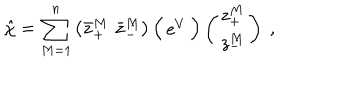
\hat { \chi } = \sum _ { M = 1 } ^ { n } \left( \bar { z } _ { + } ^ { M } \, \, \bar { z } _ { - } ^ { M } \right) \Big ( \begin{array} { c c } { { \mathrm { e } ^ { V } } } \\ \end{array} \Big ) \left( \begin{array} { c } { { z _ { + } ^ { M } } } \\ { { z _ { - } ^ { M } } } \\ \end{array} \right) \ ,